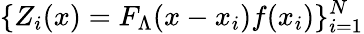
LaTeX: \{ Z_{i}(x)=F_{\Lambda}(x-x_{i})f(x_{i})\} _{i=1}^{N}